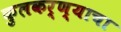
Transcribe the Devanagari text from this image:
कुलकर्ण्याचा